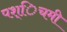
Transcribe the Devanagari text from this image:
पश्िचमी